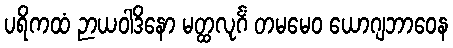
ပရိကထံ ဉာယဝါဒိနော မတ္ထလုင်္ဂံ တမမေဝ ယောဂျဘာဝေန